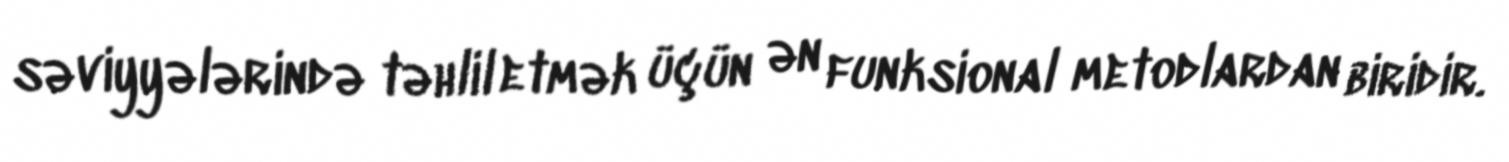
səviyyələrində təhlil etmək üçün ən funksional metodlardan biridir.